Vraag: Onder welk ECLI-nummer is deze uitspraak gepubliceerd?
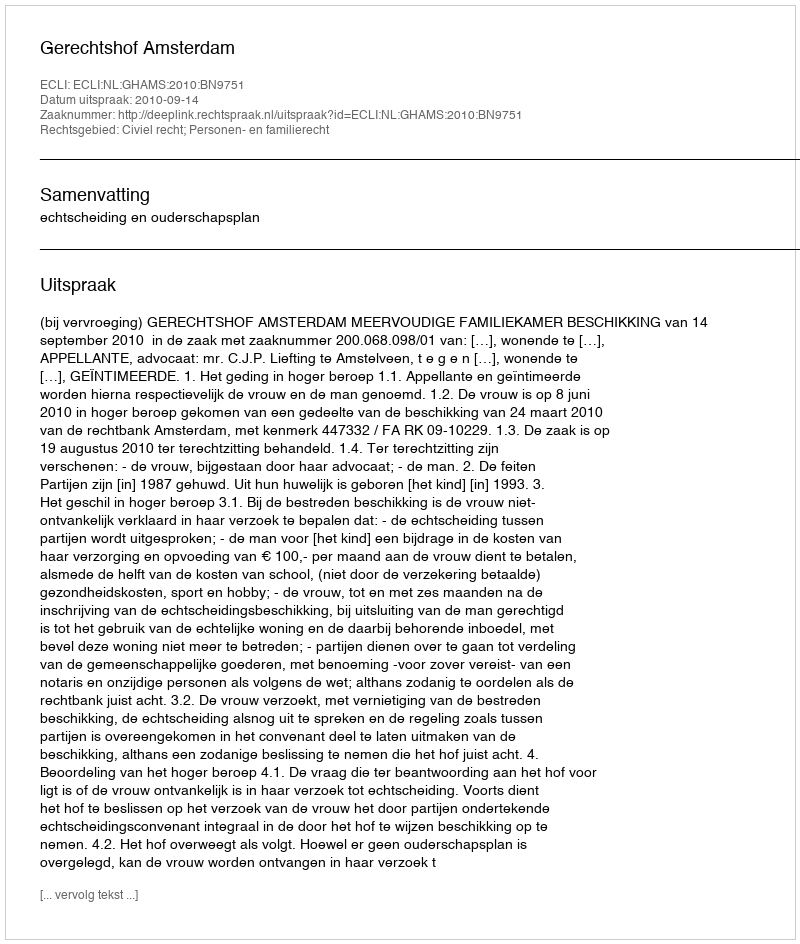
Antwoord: ECLI:NL:GHAMS:2010:BN9751